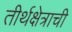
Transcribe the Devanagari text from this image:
तीर्थक्षेत्राची